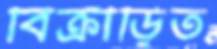
বিক্রীড়িত